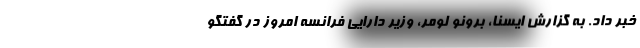
خبر داد. به گزارش ایسنا، برونو لومر، وزیر دارایی فرانسه امروز در گفتگو